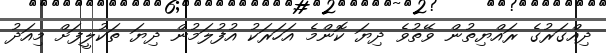
ދިއްގަރުގެ ރައްޔިތުން ވޭތުވެ ދިޔަ ކޮންމެ އަހަރަކު އުފުލަމުން ދިޔަ ތަކުލީފަށް މިއަދު